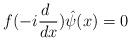
LaTeX: \begin{align*}f(-i\frac{d~}{dx})\hat\psi(x)=0\end{align*}